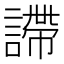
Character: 𧫚